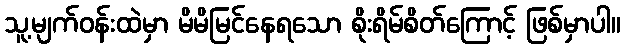
သူ့မျက်ဝန်းထဲမှာ မိမိမြင်နေရသော စိုးရိမ်စိတ်ကြောင့် ဖြစ်မှာပါ။